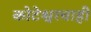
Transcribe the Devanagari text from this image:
कोटेश्वरचाही